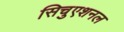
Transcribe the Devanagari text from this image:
सिचुएशनल